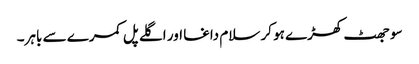
سو جھٹ کھڑے ہو کر سلام داغا اور اگلے پل کمرے سے باہر۔